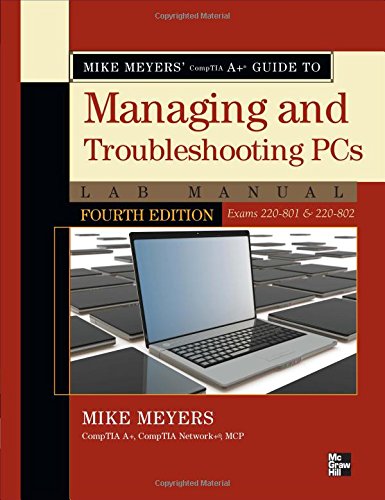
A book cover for Mike Meyers' CompTIA A+ Guide to Managing and Troubleshooting PCs Lab Manual, Fourth Edition (Exams 220-801 & 220-802); Mike Meyers; Computers & Technology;